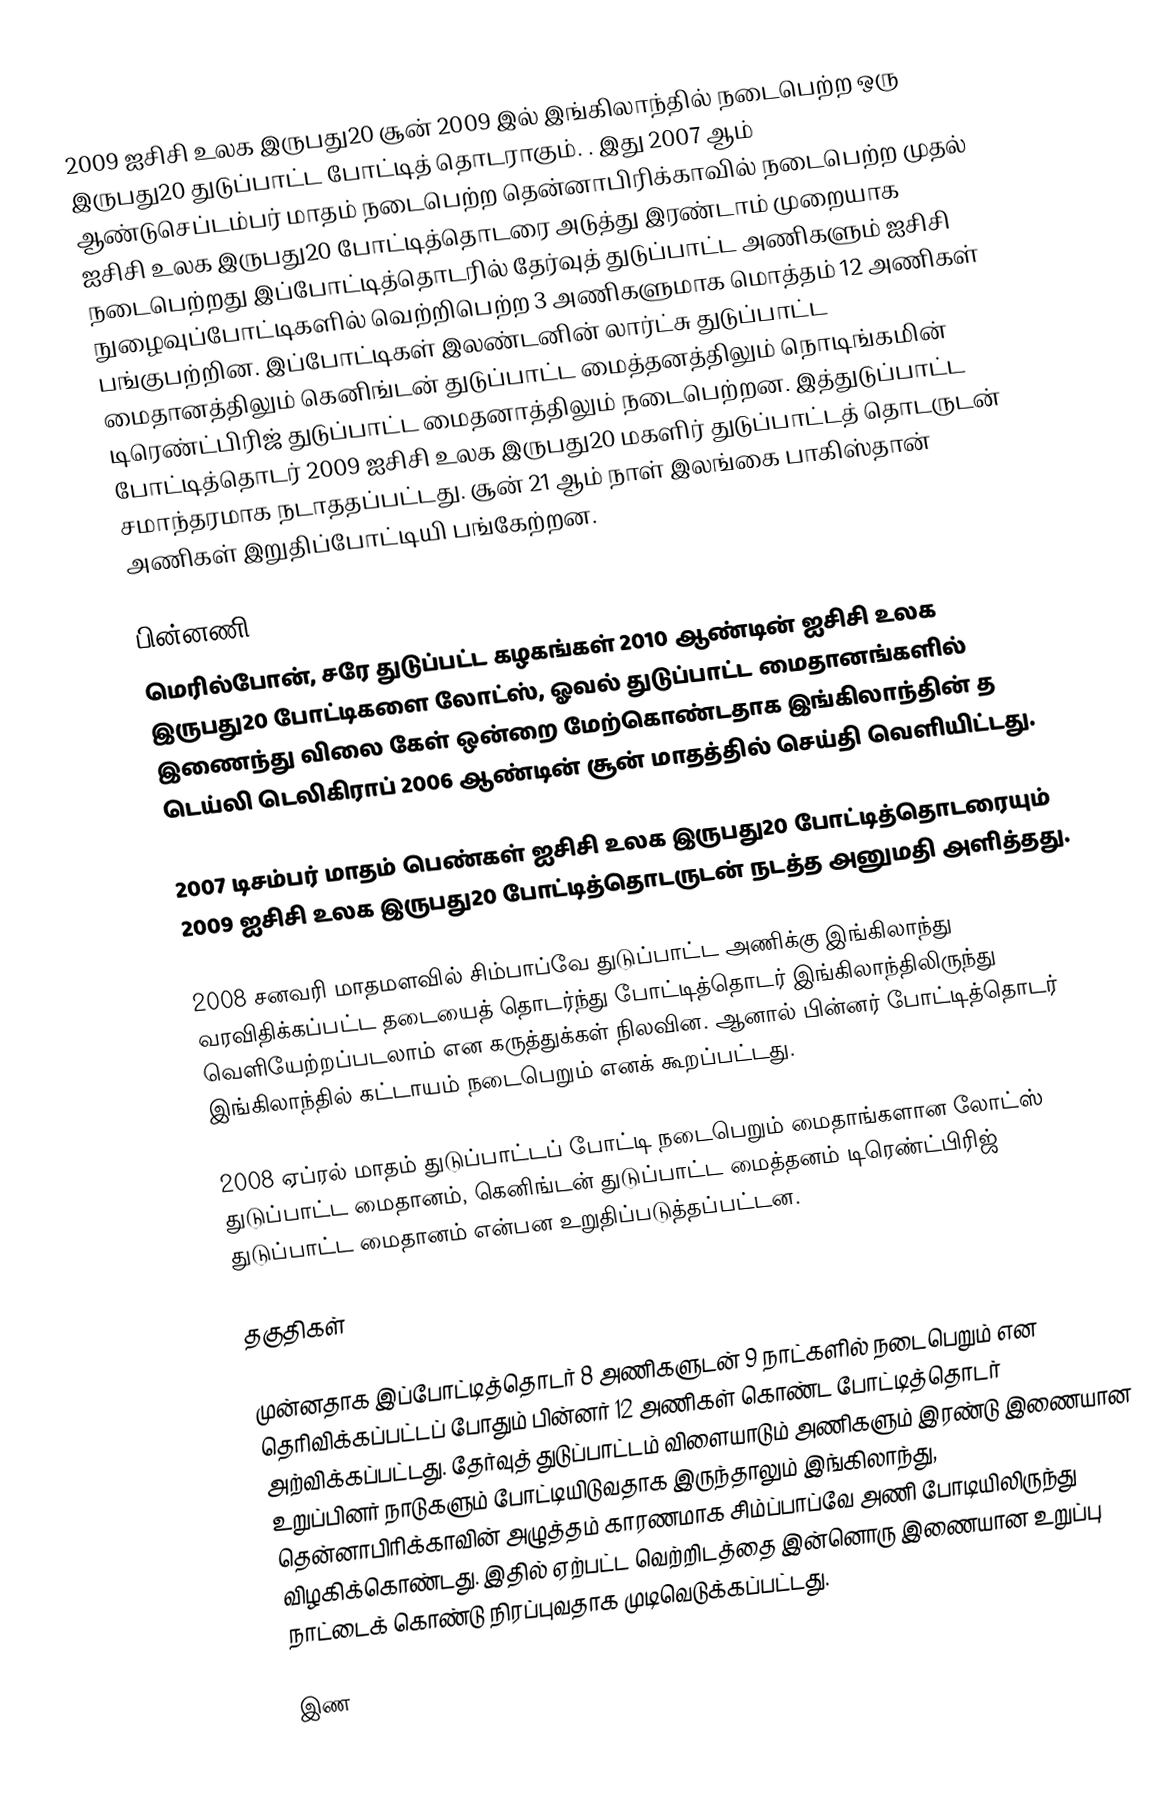
2009 ஐசிசி உலக இருபது20 சூன் 2009 இல் இங்கிலாந்தில் நடைபெற்ற ஒரு இருபது20 துடுப்பாட்ட போட்டித் தொடராகும். . இது 2007 ஆம் ஆண்டுசெப்டம்பர் மாதம் நடைபெற்ற தென்னாபிரிக்காவில் நடைபெற்ற முதல் ஐசிசி உலக இருபது20 போட்டித்தொடரை அடுத்து இரண்டாம் முறையாக நடைபெற்றது இப்போட்டித்தொடரில் தேர்வுத் துடுப்பாட்ட அணிகளும் ஐசிசி நுழைவுப்போட்டிகளில் வெற்றிபெற்ற 3 அணிகளுமாக மொத்தம் 12 அணிகள் பங்குபற்றின. இப்போட்டிகள் இலண்டனின்  லார்ட்சு துடுப்பாட்ட மைதானத்திலும்  கெனிங்டன் துடுப்பாட்ட மைத்தனத்திலும் நொடிங்கமின் டிரெண்ட்பிரிஜ் துடுப்பாட்ட மைதனாத்திலும் நடைபெற்றன. இத்துடுப்பாட்ட போட்டித்தொடர் 2009 ஐசிசி உலக இருபது20 மகளிர் துடுப்பாட்டத் தொடருடன் சமாந்தரமாக நடாததப்பட்டது. சூன் 21 ஆம் நாள் இலங்கை பாகிஸ்தான் அணிகள் இறுதிப்போட்டியி பங்கேற்றன.

பின்னணி
மெரில்போன், சரே துடுப்பட்ட கழகங்கள் 2010 ஆண்டின் ஐசிசி உலக இருபது20 போட்டிகளை லோட்ஸ், ஓவல் துடுப்பாட்ட மைதானங்களில் இணைந்து விலை கேள் ஒன்றை மேற்கொண்டதாக இங்கிலாந்தின் த டெய்லி டெலிகிராப் 2006 ஆண்டின் சூன் மாதத்தில் செய்தி வெளியிட்டது.

2007 டிசம்பர் மாதம் பெண்கள் ஐசிசி உலக இருபது20 போட்டித்தொடரையும்   2009 ஐசிசி உலக இருபது20  போட்டித்தொடருடன் நடத்த அனுமதி அளித்தது.

2008 சனவரி மாதமளவில் சிம்பாப்வே துடுப்பாட்ட அணிக்கு இங்கிலாந்து வரவிதிக்கப்பட்ட தடையைத் தொடர்ந்து போட்டித்தொடர் இங்கிலாந்திலிருந்து வெளியேற்றப்படலாம் என கருத்துக்கள் நிலவின. ஆனால் பின்னர் போட்டித்தொடர் இங்கிலாந்தில் கட்டாயம் நடைபெறும் எனக் கூறப்பட்டது.

2008 ஏப்ரல் மாதம் துடுப்பாட்டப் போட்டி நடைபெறும் மைதாங்களான லோட்ஸ் துடுப்பாட்ட மைதானம், கெனிங்டன் துடுப்பாட்ட மைத்தனம் டிரெண்ட்பிரிஜ் துடுப்பாட்ட மைதானம் என்பன உறுதிப்படுத்தப்பட்டன.

தகுதிகள்

முன்னதாக இப்போட்டித்தொடர் 8 அணிகளுடன் 9 நாட்களில் நடைபெறும் என தெரிவிக்கப்பட்டப் போதும்  பின்னர் 12 அணிகள் கொண்ட போட்டித்தொடர் அற்விக்கப்பட்டது. தேர்வுத் துடுப்பாட்டம் விளையாடும் அணிகளும் இரண்டு இணையான உறுப்பினர் நாடுகளும் போட்டியிடுவதாக இருந்தாலும்  இங்கிலாந்து, தென்னாபிரிக்காவின்  அழுத்தம் காரணமாக சிம்ப்பாப்வே அணி போடியிலிருந்து விழகிக்கொண்டது. இதில் ஏற்பட்ட வெற்றிடத்தை இன்னொரு இணையான உறுப்பு நாட்டைக் கொண்டு நிரப்புவதாக முடிவெடுக்கப்பட்டது.

இண